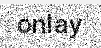
onlay